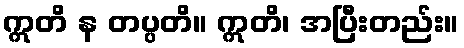
ဣတိ န တပ္ပတိ။ ဣတိ၊ အပြီးတည်း။